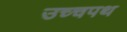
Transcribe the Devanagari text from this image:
उच्चपथ